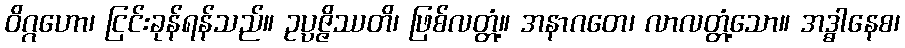
ဝိဂ္ဂဟော၊ ငြင်းခုန်ရန်သည်။ ဥပ္ပဇ္ဇိဿတိ၊ ဖြစ်လတ္တံ့။ အနာဂတေ၊ လာလတ္တံ့သော။ အဒ္ဓါနေစ၊